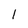
Character: 1